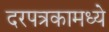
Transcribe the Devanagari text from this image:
दरपत्रकामध्ये